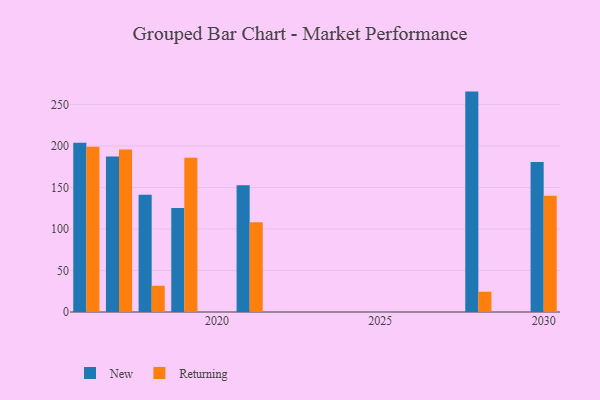
{"axis": {"x": "Year", "y": "Revenue (USD Million)"}, "legend": ["New", "Returning"], "data": [{"x": "2030", "y": 180.7, "type": "New"}, {"x": "2030", "y": 140.1, "type": "Returning"}, {"x": "2028", "y": 265.5, "type": "New"}, {"x": "2028", "y": 24.4, "type": "Returning"}, {"x": "2016", "y": 204.0, "type": "New"}, {"x": "2016", "y": 199.2, "type": "Returning"}, {"x": "2017", "y": 187.2, "type": "New"}, {"x": "2017", "y": 195.9, "type": "Returning"}, {"x": "2019", "y": 125.2, "type": "New"}, {"x": "2019", "y": 185.7, "type": "Returning"}, {"x": "2021", "y": 152.8, "type": "New"}, {"x": "2021", "y": 108.1, "type": "Returning"}, {"x": "2018", "y": 141.2, "type": "New"}, {"x": "2018", "y": 31.6, "type": "Returning"}]}